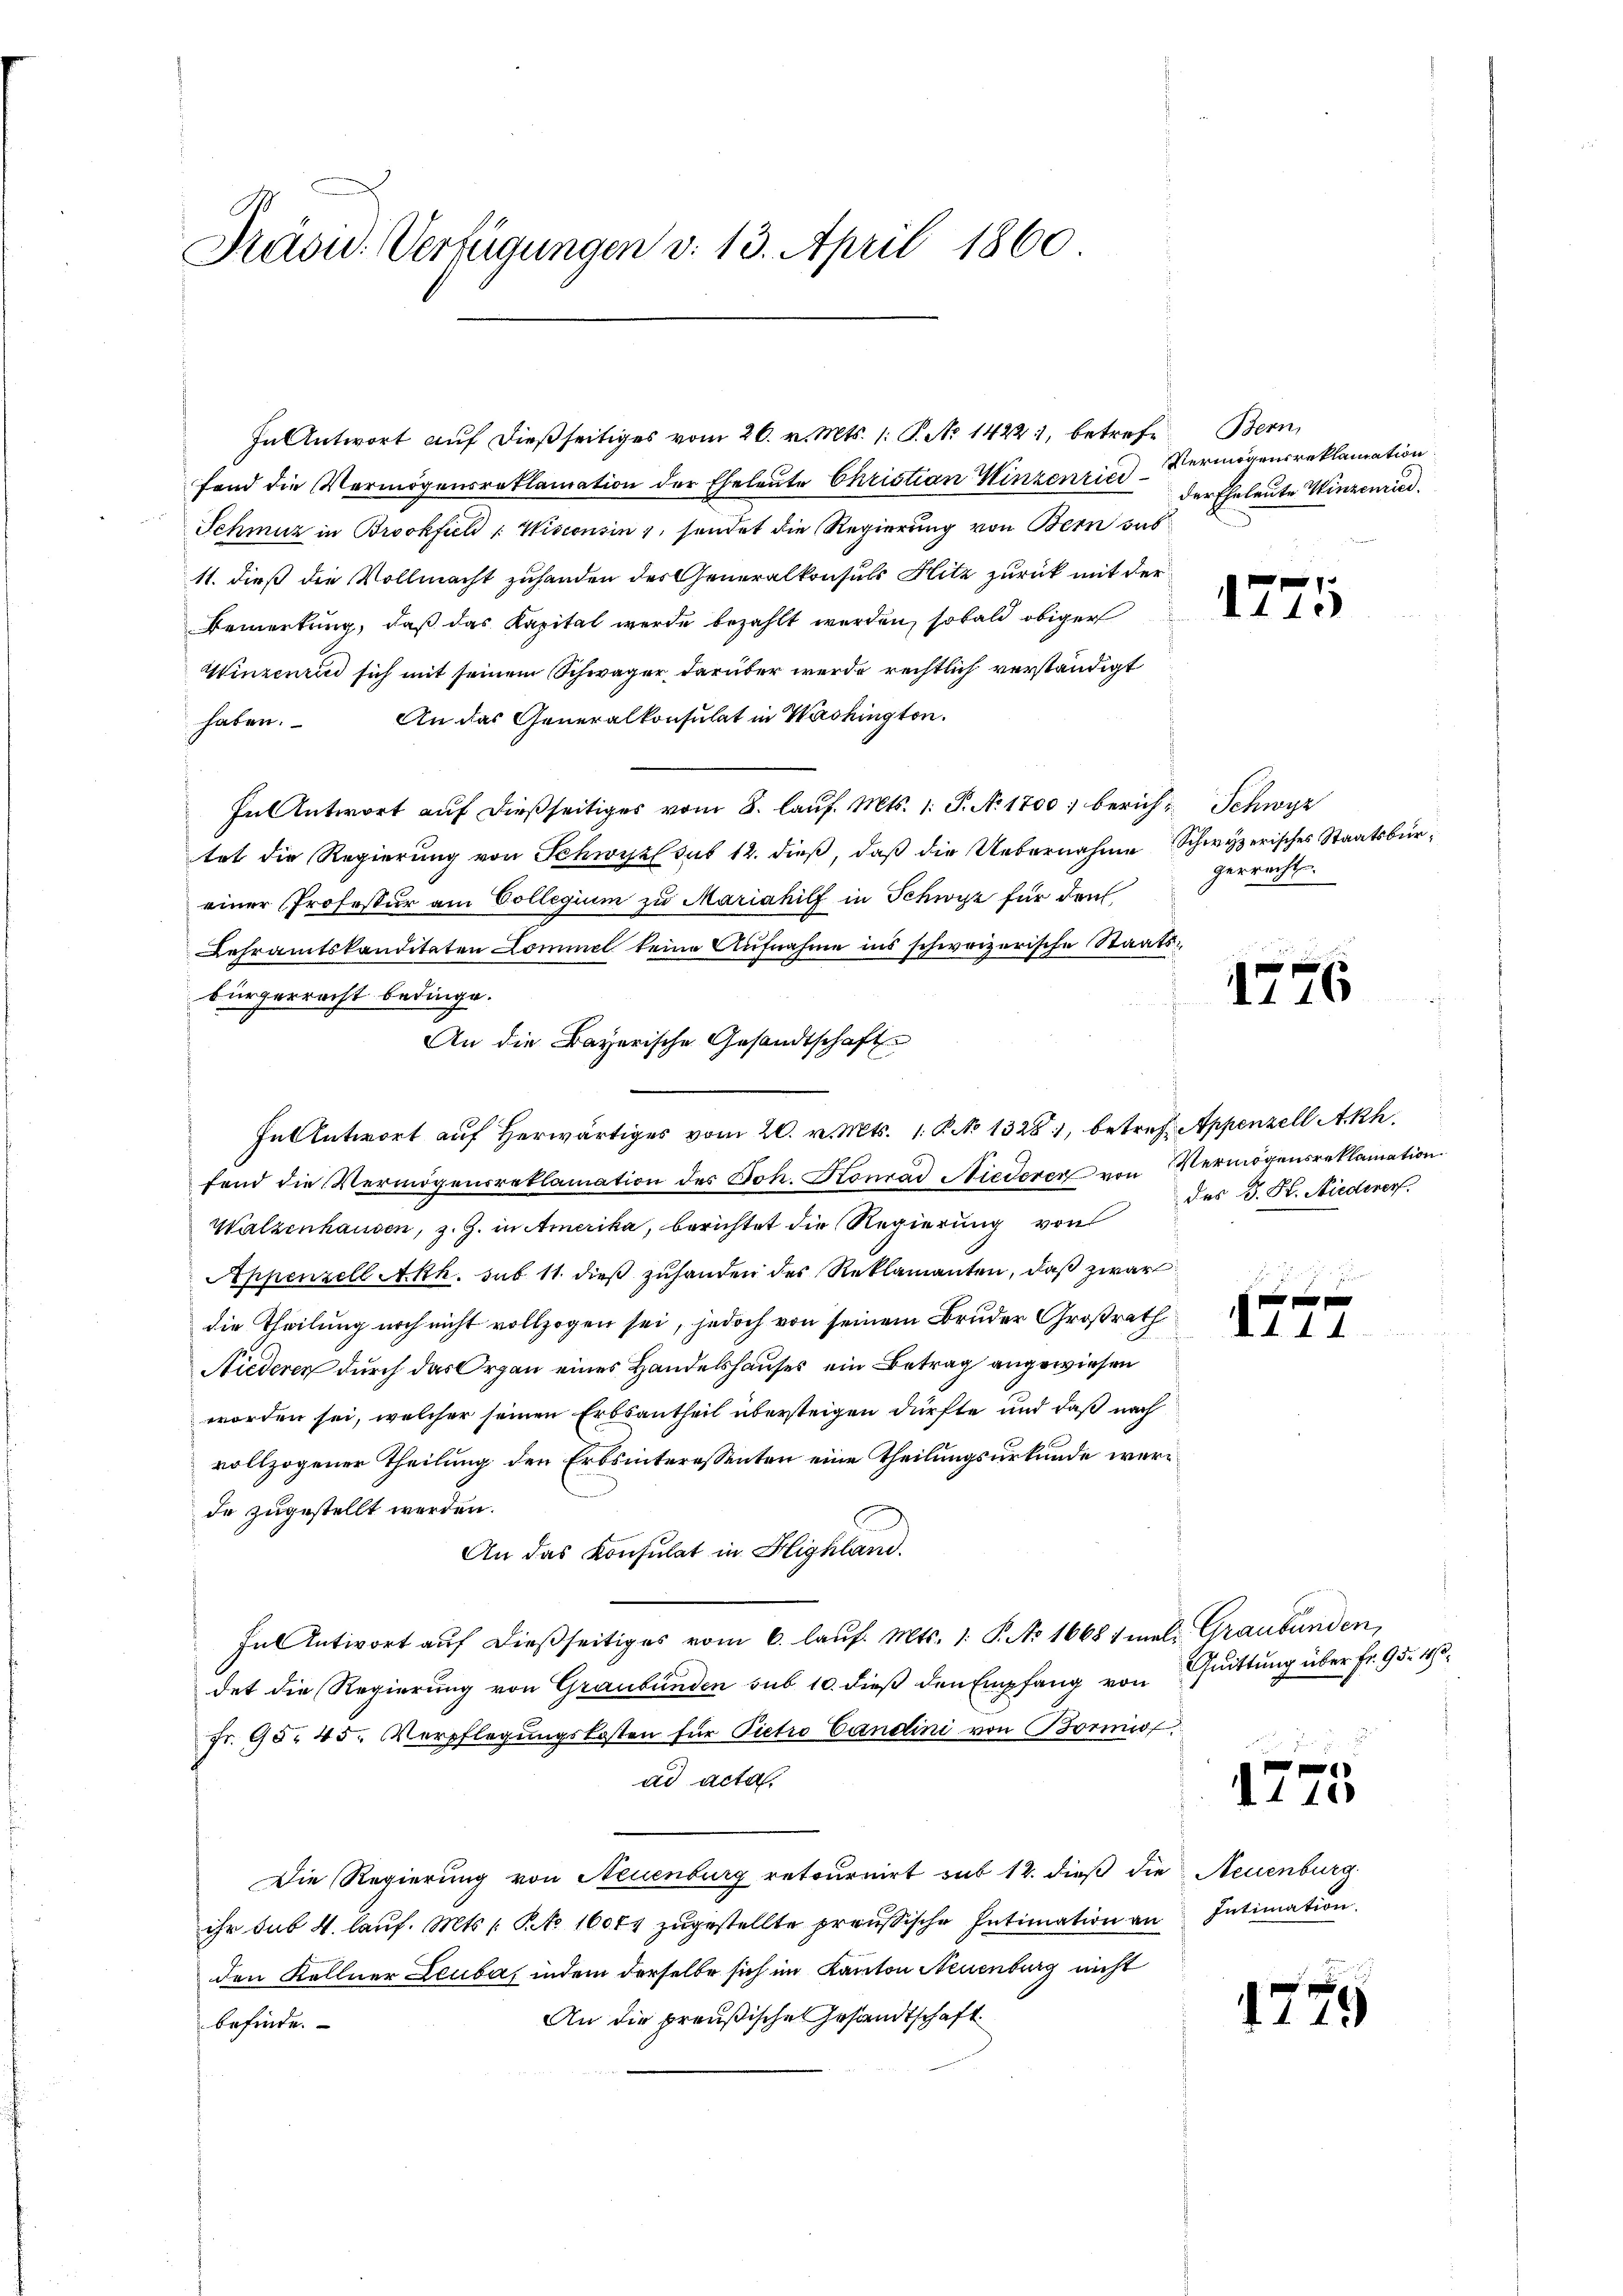
Präsid. Verfügungen v. 13. April 1860

fand die Vermögensreklamation der Eheleute Christian Hinzenrich Vermögensreklamation.
Schmuz in Brockfiel : Wisconsin 1, sendet die Regierung von Bern das
11. dieß die Vollmacht zuhanden des Generalkonsuls Hitz zurück mit der
Bemerkung, daß das Kapital werde bezahlt werden, sobald obiger
Winzenri sich mit seinem Schwäger darüber werde rechtlich verständigt
An das Generalkonsulat in Washington.
haben.
In Antwort auf dießseitiges vom 8. laŭf. Mts. 1. P. N. 1700 berich-Schwyz
tat die Regierung von Schwyz sub 12. dieß, daß die Uebernahme Schwyzerisches Staatsbüreiner Professur am Collegium zu Mariahilf in Schwyz für den
Lehramtskanditäten Commel keine Aufnahme ins schweizerische Staatsbürgerrecht bedinge.
In Antwort auf herwärtiges vom 20. v. Mts. 1. P. No 13281, betref Appenzell Akh.
fend die Vermögensreklamation des Joh. Konrad Niederer von Vermögensreklamation.
Walzenhausen, z. Z. in Amerika, berichtet die Regierung von
Appenzell Akk. sub 11. dieß zuhanden des Reklamanten, daß zwar
die Theilung noch nicht vollzogen sei, jedoch von seinem Bruder Großrath
Niederen durch das Organ eines Handelshauses ein Betrag angewiesen
worden sei, welcher seinen Erbsantheil übersteigen dürfte und daß nach
vollzogener Theilung den Erbsinteressenten eine Theilungsurkunde werdo zugestellt werden.
An das Konsulat in Highland.
Fn Antwort aŭf dießseitiges vom 6. laŭf. Mts. 1. P. No 1668 1 mal. Graubünden,
det die Regierung von Graubünden sub 10. dieß den Empfang von
Fr. 95. 45. Verpflegungskosten für Pietro Candini von Bornis
ad acta.
Die Regierung von Neuenburg retournirt sub 12. dieß die Neuenburg
ihr sub 4. lauf. Mts. /: Pto 16074 zugestellte preußische Intimation an
den Kellner Leuba, indem derselbe sich im Kanton Neuenburg nicht
An die preußische Gesandtschaft
befinde.

An die Bayerische Gesandtschafte

In Antwort auf dießseitiges vom 26. v. Mts. 1: P. Nr. 1422, betrefe. Bern,

der Eheleute Winzenried.

1725

gerrechte.

1776

des J. K. Niedererf.

1 f 0 x
d. d. 4. d.

Quittung über fr. 95. 10.

d 110

Intimation.

1775